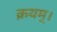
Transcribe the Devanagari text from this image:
क्रयम्।